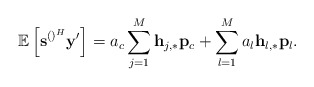
\begin{align*} \mathbb{E}\left[\mathbf{s}^{\left(\right)^H}\mathbf{y}'\right]=a_c\sum_{j=1}^{M}\mathbf{h}_{j,*}\mathbf{p}_c+\sum_{l=1}^M a_l \mathbf{h}_{l,*}\mathbf{p}_l.\end{align*}